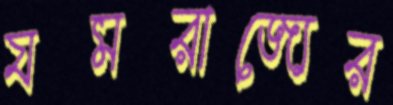
যমরাজ্যের